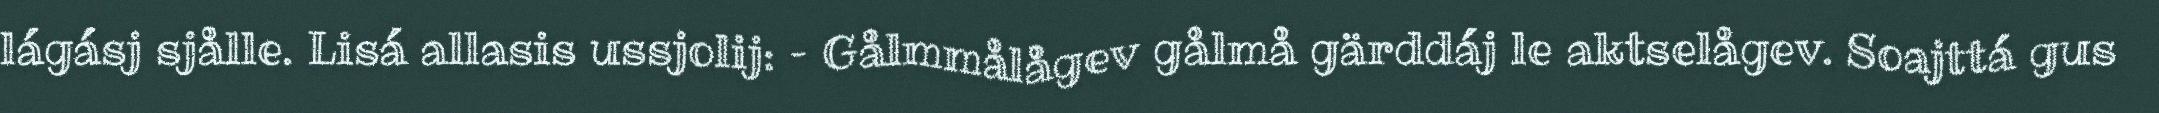
lágásj sjålle. Lisá allasis ussjolij: – Gålmmålågev gålmå gärddáj le aktselågev. Soajttá gus